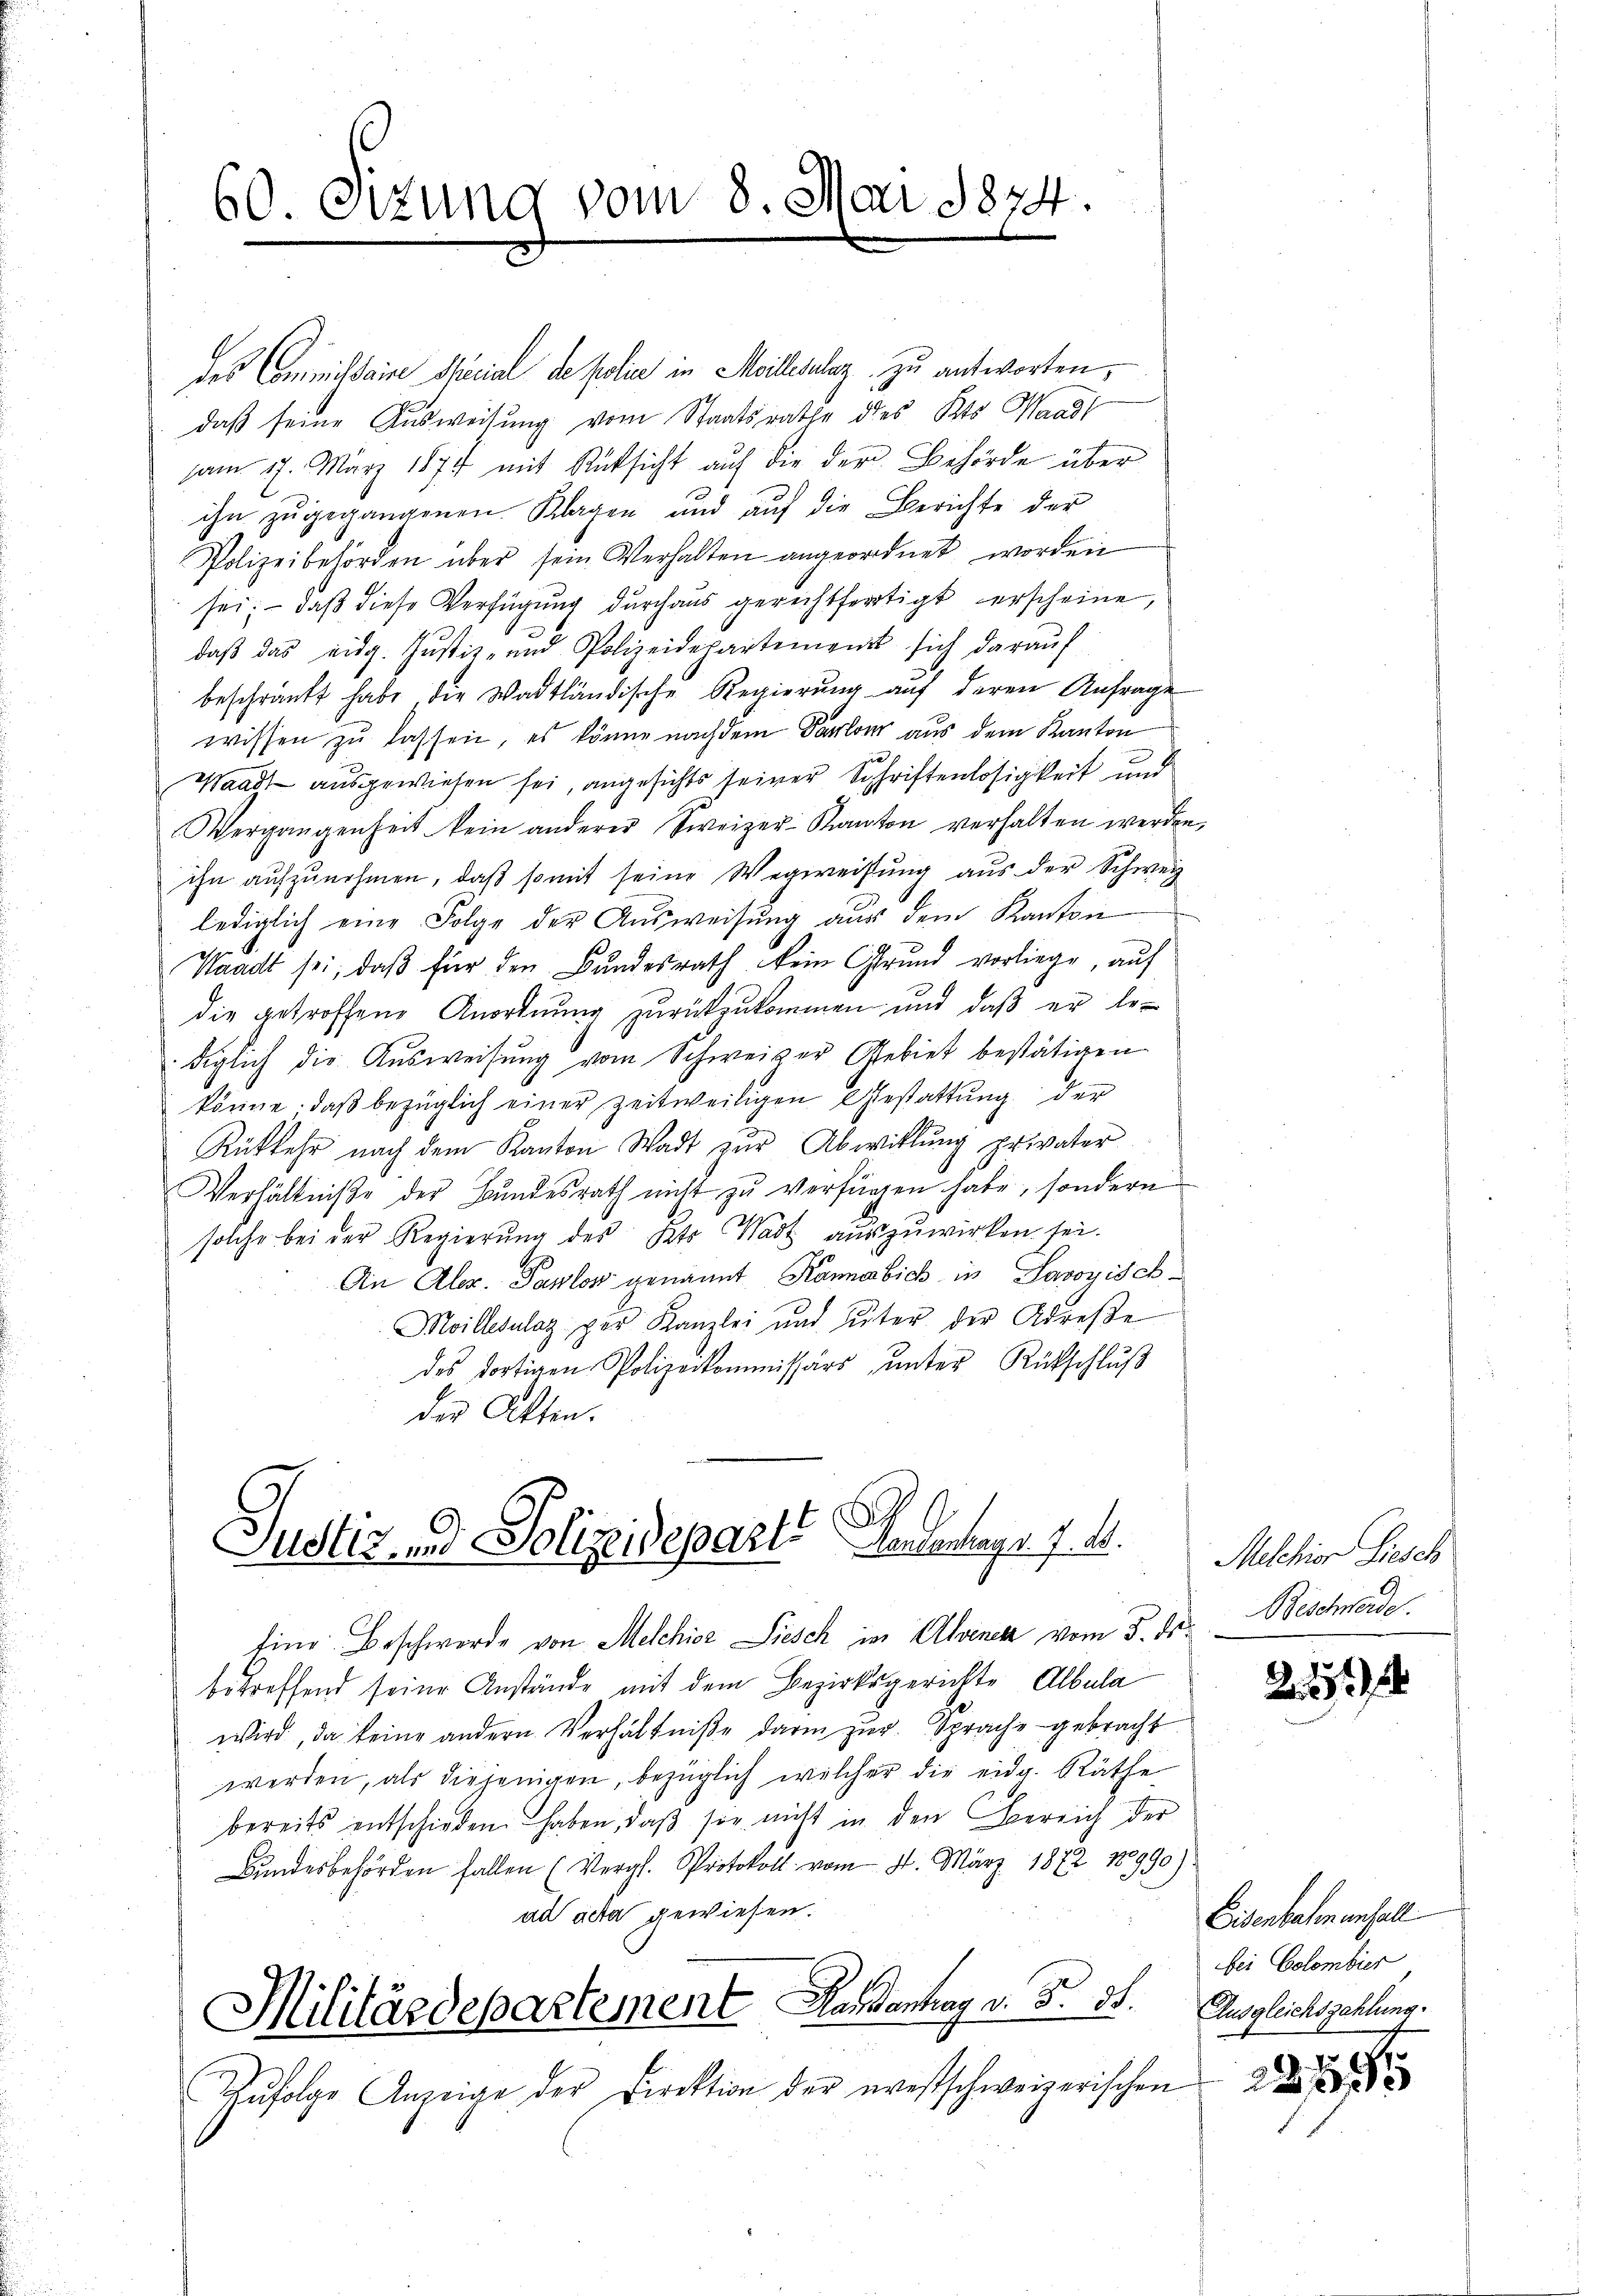
60. Sizung vom 8. Mai 1874.

des Commissaire Serial de polie in Meillezulaz zu antworten,
daß seine Ausweisung vom Staatsrathe des Kts. Waadt
am 17. März 1877 mit Rücksicht auf die der Behörde über
ihn zugegangenen Klagen und auf die Berichte der
Polizeibehörden über sein Verhalten angeordnet worden
sei; — daß diese Verfügung durchaus gerechtfertigt erscheine,
daβ das eidg. Jŭstiz- und Polizeidepartement sich daraŭf
beschränkt habe die Wadtländische Regierŭng aŭf deren Anfrage
wissen zu lassen, es könne nachdem Karlon aus dem Kanton
Waadt ausgewiesen sei, angesichts seiner Schriftenlosigkeit und
Vergangenheit kein anderer Zweizer-Kanton verhalten werden,
ihn aufzunehmen, daß somit seine Wegweisung aus der Schweiz
lediglich eine Folge der Aŭsweisung aus dem Kanton
Waadt sei, daß für den Bundesrath kein Grund vorliege, auf
die getroffene Anordnung zurückzukommen und daß er bediglich die Ausweisung vom Schweizer Gebiet bestätigen
könne, daß bezüglich einer zeitweiligen Gestattung der
Rükkehr nach dem Kanton Stadt zur Abwitlung privater
Verhältniße der Bundesrath nicht zu verfügen habe, sondern
solche bei der Regierŭng des Petr. Wart auszuwirken sei.
An Aler. Pawlow genannt. Kanabich in Savoyisch
Moillesalaz per Kanzlei und Unter der Adrese
des dortigen Polizeikommissärs ŭnter Rückschlŭβ
des Atten.

G
Justiz- und Polizeideparte Aendentrag v. 7. ds. Melchior Fisch

Eine Beschwerde von Melchior Liesch in Alvenen vom 5. ds.
betreffend seine Anstände mit dem Bezirksgerichte Albala
wird, da keine andern Verhältniße darin zur Sprache gebracht.
werden, als diejenigen, bezüglich welcher die eidg. Räthe
bereits entschieden haben, daß sie nicht in den Bereich der
Bundesbehörden fallen (Vergl. Protokoll vom 4. März 1872 18990)
ad acta gewiesen.
Militärdepartement Kundenhag v. Fr. 31.
Zŭfolge Anzeige der Direktion der restschweizerischen

Beschwerde.

2.27)

Eisenbalmenfall
bei Colombier
Ausgleichszehlung.